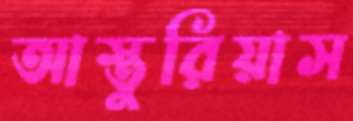
আস্তুরিয়াস